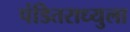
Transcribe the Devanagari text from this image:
पंडितराध्युला